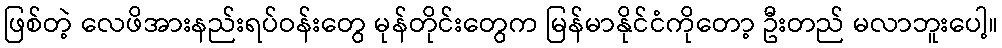
ဖြစ်တဲ့ လေဖိအားနည်းရပ်ဝန်းတွေ မုန်တိုင်းတွေက မြန်မာနိုင်ငံကိုတော့ ဦးတည် မလာဘူးပေါ့။